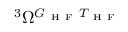
{ } ^ { 3 } \Omega ^ { G _ { \mathrm { ~ H ~ F ~ } } T _ { \mathrm { ~ H ~ F ~ } } }